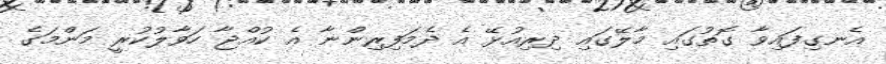
އެނގިފައިވާ ގޮތުގައި މާލޭގައި ދިރިއުޅޭ އެ ދެމަފިރިންނާ އެ ކުއްޖާ ހަވާލުކުރީ މަންމަގެ